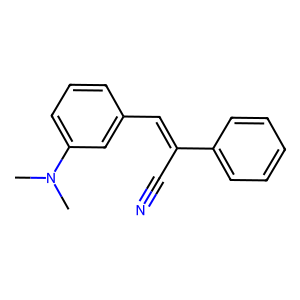
SMILES: CN(C)c1cccc(C=C(C#N)c2ccccc2)c1
Inhibits HIV replication: No